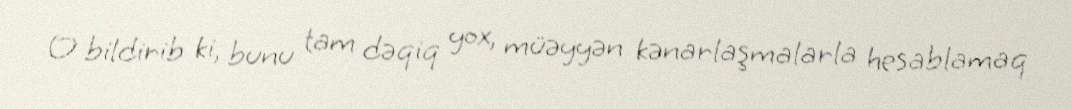
O bildirib ki, bunu tam dəqiq yox, müəyyən kənarlaşmalarla hesablamaq